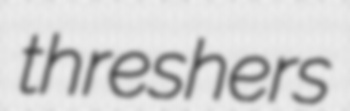
threshers